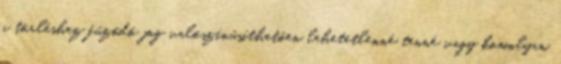
a törléshez fűződő jog valószínűsíthetően lehetetlenné tenné vagy komolyan